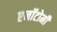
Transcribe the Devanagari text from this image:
एनॉटोमी